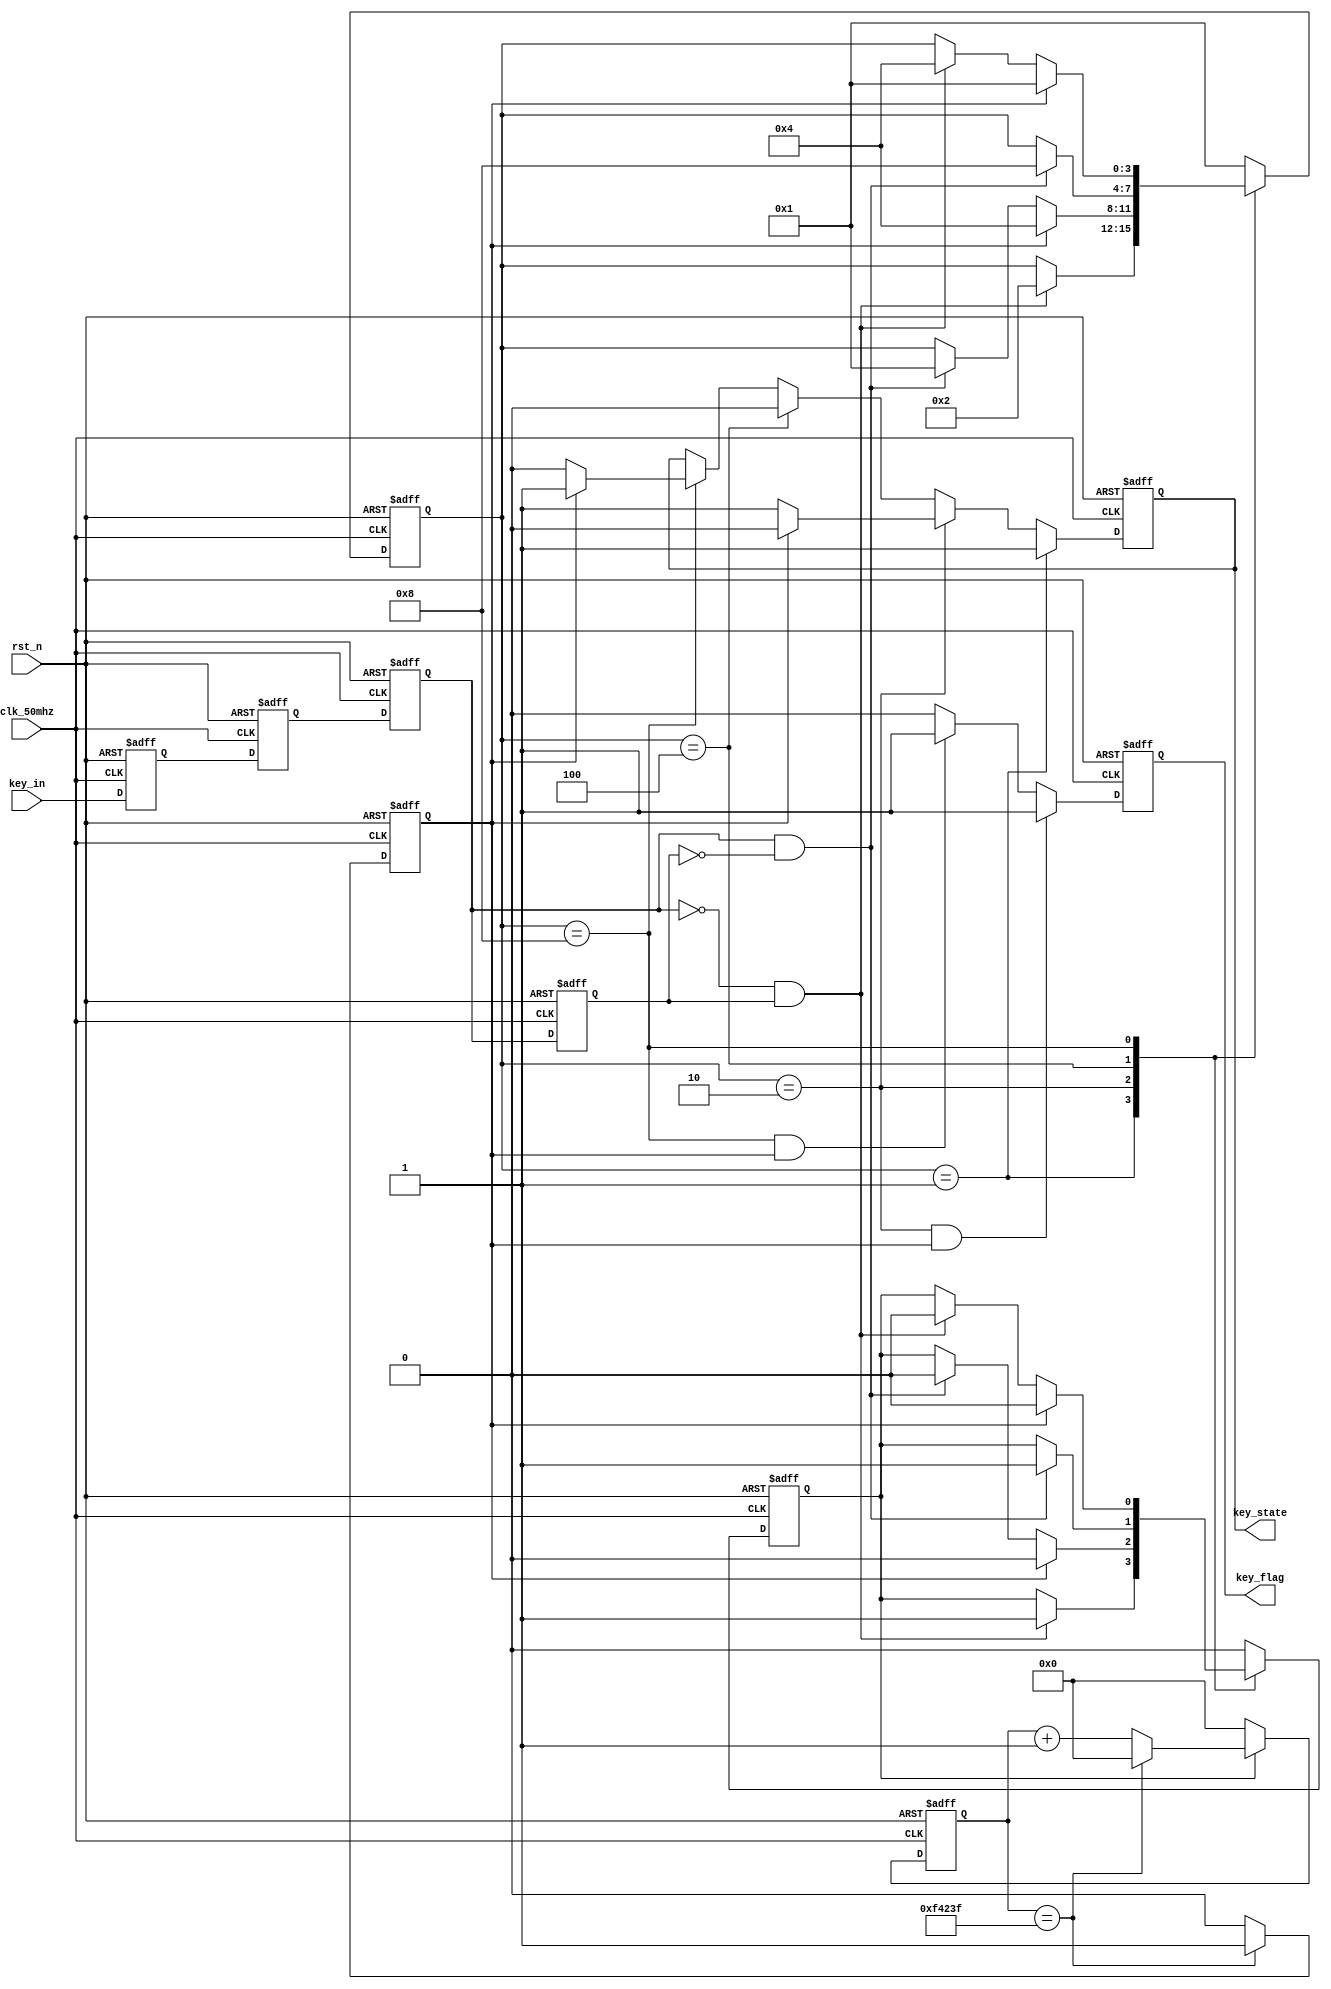
/**
* @brief:
* 
* FPGA50MHz20ns
* 20ms = 20_000_000ns
* 20_000_000ns / 20ns = 1_000_000
* 2^19 < 1_000_000 < 2^20
*
* 
* flag:FILTER0>DOWNFILTER1>IDEL
* stateIDELFILTER0DOWNFILTER1
* :flag && (!state)flag && state
*/
module key_filter(
	input wire clk_50mhz,
	input wire rst_n,
	input wire key_in,
	output reg key_flag,
	output reg key_state
);

parameter IDEL = 4'b0001;
parameter FILTER0 = 4'b0010;
parameter DOWN = 4'b0100;
parameter FILTER1 = 4'b1000;

parameter CNT_20MS = 999_999;

reg [3:0] state;

// 
reg key_in_a, key_in_b;
always @(posedge clk_50mhz or negedge rst_n)
	if (rst_n == 1'b0) begin
		key_in_a <= 1'b1;
		key_in_b <= 1'b1;
	end
	else begin
		key_in_a <= key_in;
		key_in_b <= key_in_a;
	end

// 
reg key_last, key_now;
always @(posedge clk_50mhz or negedge rst_n)
	if (rst_n == 1'b0) begin
		key_last <= 1'b1;
		key_now <= 1'b1;
	end
	else begin
		key_now <= key_in_b;
		key_last <= key_now;
	end
wire pedge, nedge;
assign pedge = key_now & (!key_last);
assign nedge = (!key_now) & key_last;

// (20ms)
reg en_cnt;
reg [19:0] cnt;
always @(posedge clk_50mhz or negedge rst_n)
	if (rst_n == 1'b0)
		cnt <= 20'd0;
	else if (en_cnt) begin
		if (cnt == CNT_20MS)
			cnt <= 20'd0;
		else
			cnt <= cnt + 1'b1;
	end
	else
		cnt <= 20'd0;

reg cnt_full;
always @(posedge clk_50mhz or negedge rst_n)
	if (rst_n == 1'b0)
		cnt_full <= 1'b0;
	else if (cnt == CNT_20MS)
		cnt_full <= 1'b1;
	else
		cnt_full <= 1'b0;

// 
always @(posedge clk_50mhz or negedge rst_n)
	if (rst_n == 1'b0) begin
		state <= IDEL;
		en_cnt <= 1'b0;
	end
	else
		case(state)
			IDEL:
				if (nedge) begin
					state <= FILTER0;
					en_cnt <= 1'b1;
				end
			FILTER0:
				if (cnt_full) begin
					state <= DOWN;
					en_cnt <= 1'b0;
				end
				else if (pedge) begin
					state <= IDEL;
					en_cnt <= 1'b0;
				end
			DOWN:
				if (pedge) begin
					state <= FILTER1;
					en_cnt <= 1'b1;
				end
			FILTER1:
				if (cnt_full) begin
					state <= IDEL;
					en_cnt <= 1'b0;
				end
				else if (nedge) begin
					state <= DOWN;
					en_cnt <= 1'b0;
				end
			default:
				begin
					state <= IDEL;
					en_cnt <= 1'b0;
				end
		endcase

// 
always @(posedge clk_50mhz or negedge rst_n)
	if (rst_n == 1'b0)
		key_state <= 1'b1;
	else if (state == IDEL)
		key_state <= 1'b1;
	else if (state == FILTER0) begin
		if (cnt_full)
			key_state <= 1'b0;
		else
			key_state <= 1'b1;
	end
	else if (state == DOWN)
		key_state <= 1'b0;
	else if (state == FILTER1) begin
		if (cnt_full)
			key_state <= 1'b1;
		else
			key_state <= 1'b0;
	end

always @(posedge clk_50mhz or negedge rst_n)
	if (rst_n == 1'b0)
		key_flag <= 1'b0;
	else if (state == FILTER0 && cnt_full)
		key_flag <= 1'b1;
	else if (state == FILTER1 && cnt_full)
		key_flag <= 1'b1;
	else
		key_flag <= 1'b0;

endmodule